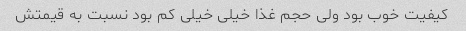
کیفیت خوب بود ولی حجم غذا خیلی خیلی کم بود نسبت به قیمتش